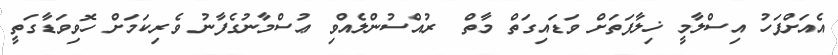
އެއަށްފަހު އިސްލާމީ ޚިލާފަތަށް ވަޑައިގަތް މާތް  ރުއްސުންލެއްވި ޢުސްމާނުގެފާނު ވެރިކަމަށް ހޮވިވަޑާގަތީ